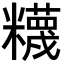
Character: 𥽘